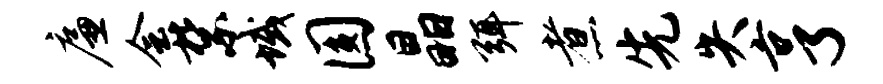
廉会禁域圆晶弭煮先失亨